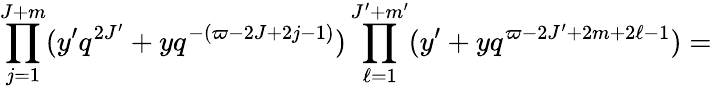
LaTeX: \prod_{j=1}^{J+m}(y^{\prime}q^{2J^{\prime}}+yq^{-(\varpi-2J+2j-1)})\prod_{\ell=1}^{J^{\prime}+m^{\prime}}(y^{\prime}+yq^{\varpi-2J^{\prime}+2m+2\ell-1})=